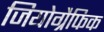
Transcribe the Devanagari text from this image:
जियोग्रैफिक